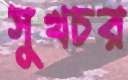
সুখচর